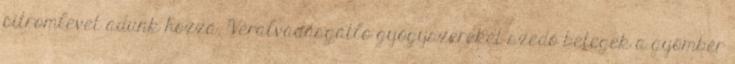
citromlevet adunk hozzá. Véralvadásgátló gyógyszereket szedő betegek a gyömbér